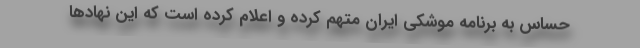
حساس به برنامه موشکی ایران متهم کرده و اعلام کرده است که این نهادها